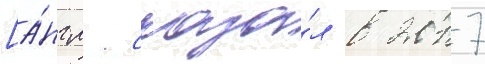
[а́нгл. сказа́л в 2017